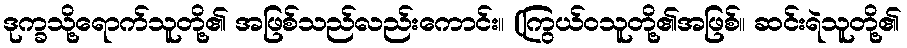
ဒုက္ခသို့ရောက်သူတို့၏ အဖြစ်သည်လည်းကောင်း။ (ကြွယ်ဝသူတို့၏အဖြစ်။ ဆင်းရဲသူတို့၏